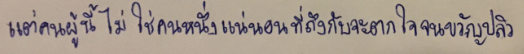
แต่คนผู้นี้ไม่ใช่คนหนึ่งแน่นอนที่ถึงกับจะตกใจจนขวัญปลิว